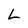
Character: L